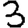
Digit: 3